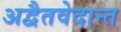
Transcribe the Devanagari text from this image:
अद्वैतवेदान्त